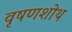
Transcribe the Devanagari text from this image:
वृषणशोथ